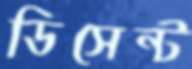
ডিসেন্ট